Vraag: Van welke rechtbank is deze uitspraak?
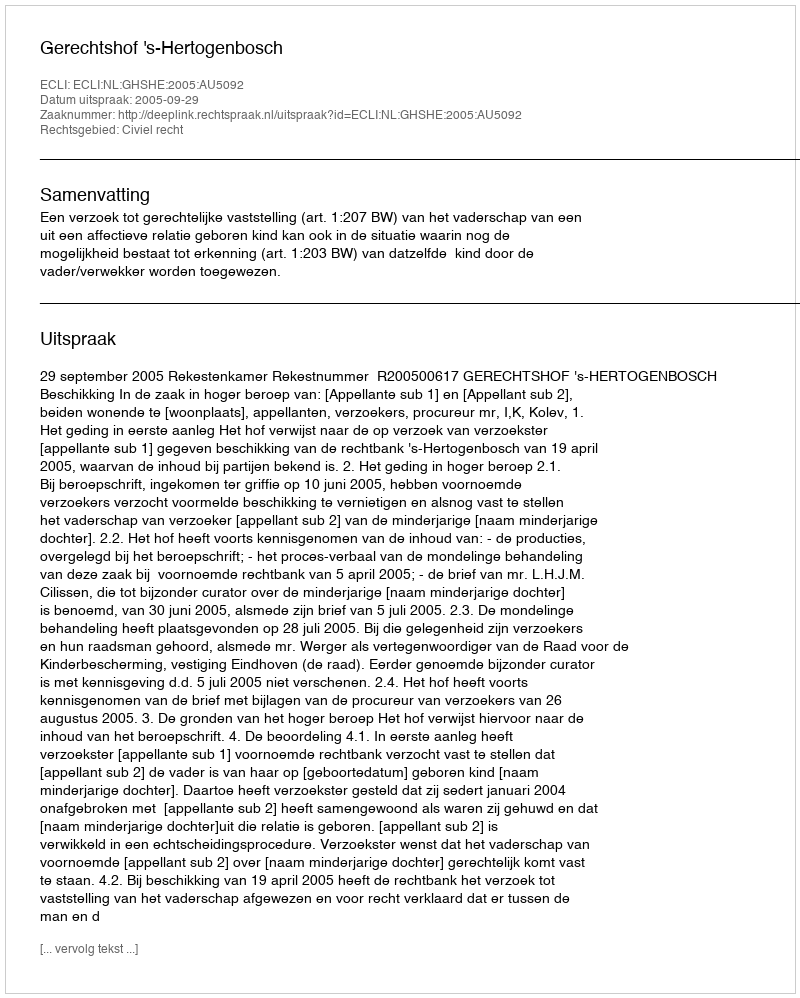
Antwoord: Gerechtshof 's-Hertogenbosch